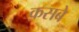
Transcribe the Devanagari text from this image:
क़सबे